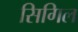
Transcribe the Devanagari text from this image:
सिगिल